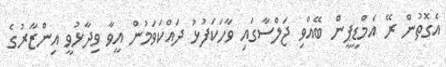
އެގޮތުން ރޭ އެމްޑީޕީން ބޭއްވި ޖަލްސާގައި ވާހަކަފުޅު ދައްކަވަމުން އީވާ ވިދާޅުވީ އިންޒާރުގެ